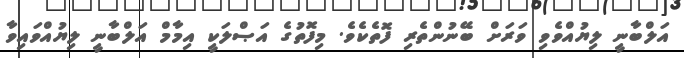
އަލްބާނީ ލިޔުއްވެވި ވަރަށް ބޭނުންތެރި ފޮތެކެވެ. މިފޮތުގެ އަޞްލަކީ އިމާމް އަލްބާނީ ލިޔުއްވައިވާ